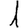
Digit: 1